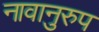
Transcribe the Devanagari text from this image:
नावानुरुप